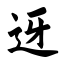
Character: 迓